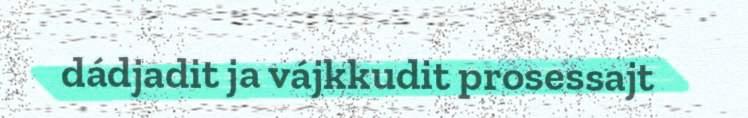
dádjadit ja vájkkudit prosessajt